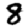
Digit: 8